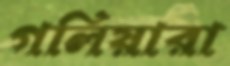
গলিয়ারা